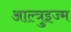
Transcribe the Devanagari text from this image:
आल्त्रुइज्म